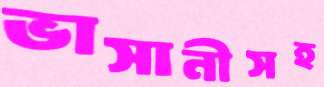
ভাসানীসহ